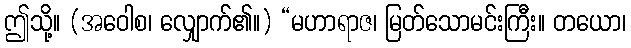
ဤသို့။ (အဝေါစ၊ လျှောက်၏။) “မဟာရာဇ၊ မြတ်သောမင်းကြီး။ တယော၊